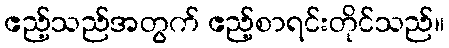
ဧည့်သည်အတွက် ဧည့်စာရင်းတိုင်သည်။